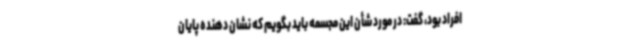
افراد بود، گفت: در مورد شأن این مجسمه باید بگویم که نشان دهنده پایان